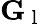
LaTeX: \mathbf{G}_{\mathrm{~l~}}